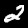
Label: 2